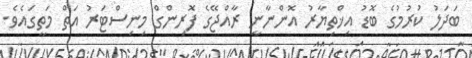
ބަދަލު ކުރުމުގެ ބޮޑު އިޚްތިޔާރު އޮންނާނީ ރާއްޖޭގެ ފޮރިންގް މިނިސްޓަރު އަތް މަތީގައެވެ.